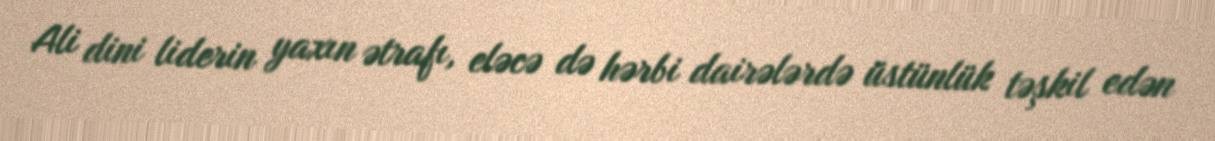
Ali dini liderin yaxın ətrafı, eləcə də hərbi dairələrdə üstünlük təşkil edən